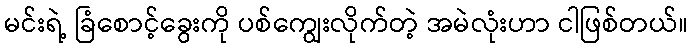
မင်းရဲ့ ခြံစောင့်ခွေးကို ပစ်ကျွေးလိုက်တဲ့ အမဲလုံးဟာ ငါဖြစ်တယ်။